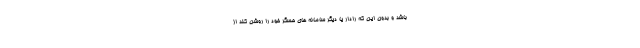
باشد و بدون این که رادار یا دیگر سامانه های حسگر خود را روشن کند از